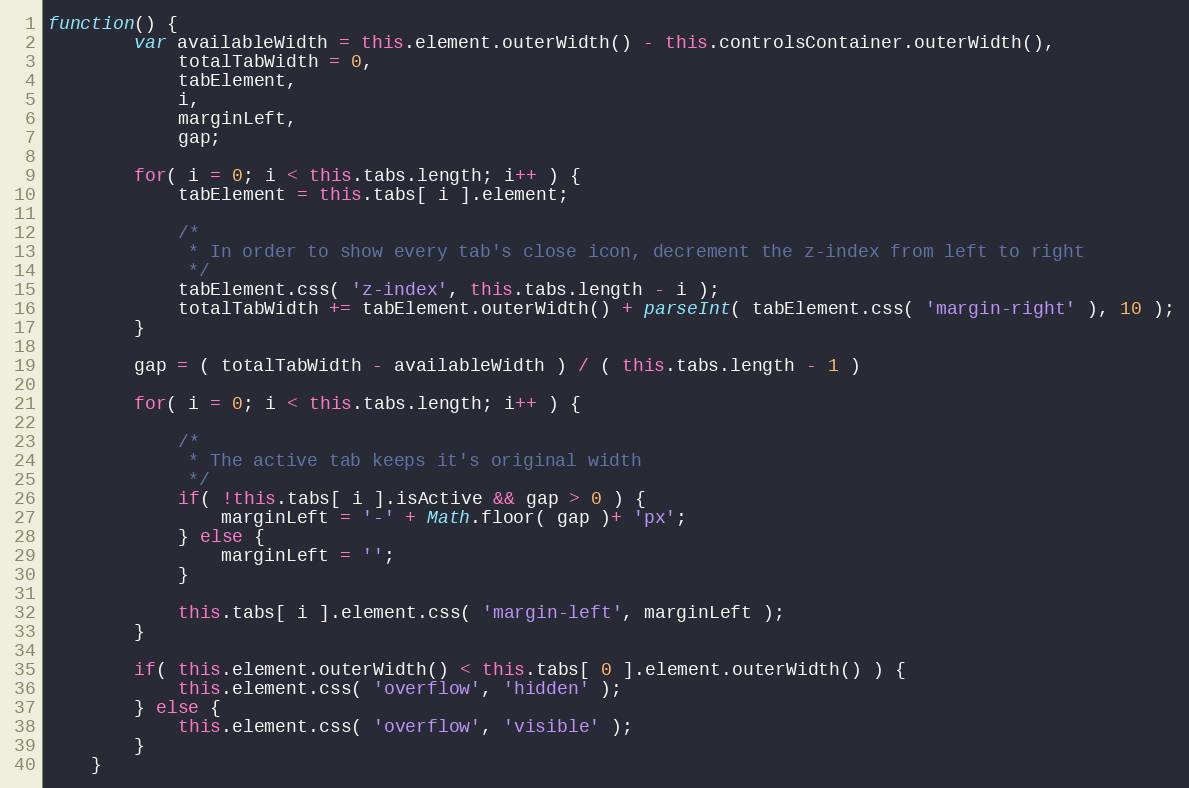
Language: JavaScript
function() {
		var availableWidth = this.element.outerWidth() - this.controlsContainer.outerWidth(),
			totalTabWidth = 0,
			tabElement,
			i,
			marginLeft,
			gap;

		for( i = 0; i < this.tabs.length; i++ ) {
			tabElement = this.tabs[ i ].element;

			/*
			 * In order to show every tab's close icon, decrement the z-index from left to right
			 */
			tabElement.css( 'z-index', this.tabs.length - i );
			totalTabWidth += tabElement.outerWidth() + parseInt( tabElement.css( 'margin-right' ), 10 );
		}

		gap = ( totalTabWidth - availableWidth ) / ( this.tabs.length - 1 )

		for( i = 0; i < this.tabs.length; i++ ) {

			/*
			 * The active tab keeps it's original width
			 */
			if( !this.tabs[ i ].isActive && gap > 0 ) {
				marginLeft = '-' + Math.floor( gap )+ 'px';
			} else {
				marginLeft = '';
			}

			this.tabs[ i ].element.css( 'margin-left', marginLeft );
		}

		if( this.element.outerWidth() < this.tabs[ 0 ].element.outerWidth() ) {
			this.element.css( 'overflow', 'hidden' );
		} else {
			this.element.css( 'overflow', 'visible' );
		}
	}